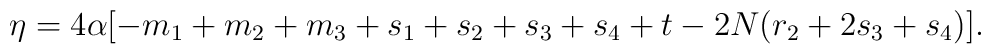
\eta = 4 \alpha [-m_1 + m_2 + m_3 + s_1 + s_2 + s_3 + s_4 + t - 2 N ( r_2 +     2 s_3 + s_4 )].